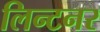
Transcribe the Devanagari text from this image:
लिन्टनर